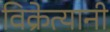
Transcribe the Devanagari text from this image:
विक्रेत्यानी